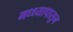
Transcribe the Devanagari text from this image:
मध्ध्यापासुन